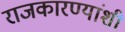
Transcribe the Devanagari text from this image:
राजकारण्यांशी